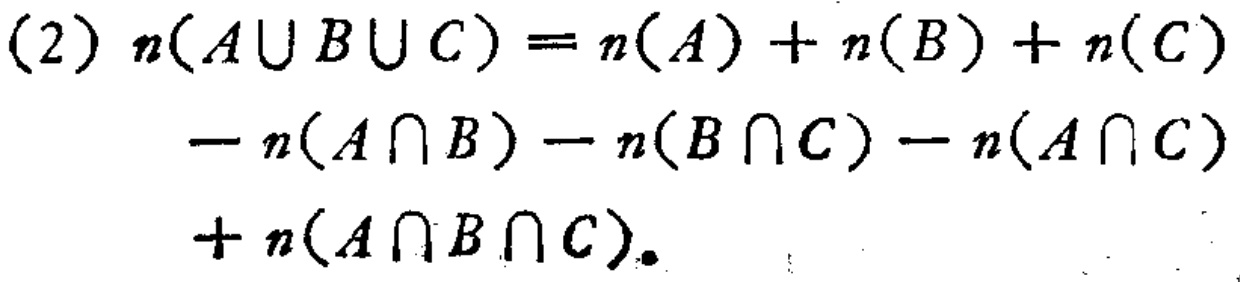
(2) \(n(A\cup B\cup C)=n(A)+n(B)+n(C)-n(A\cap B)-n(B\cap C)-n(A\cap C)+n(A\cap B\cap C)\)